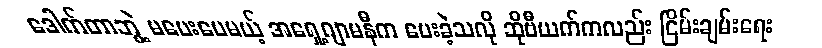
ဒေါက်တာဘွဲ့ မပေးပေမယ့် အရှေ့ဂျာမနီက ပေးခဲ့သလို ဆိုဗီယက်ကလည်း ငြိမ်းချမ်းရေး